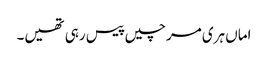
اماں ہری مرچیں پیس رہی تھیں۔